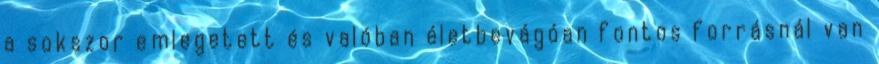
a sokszor emlegetett és valóban életbevágóan fontos forrásnál van